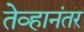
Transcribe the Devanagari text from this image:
तेव्हानंतर